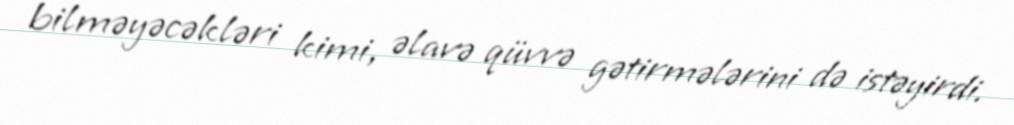
bilməyəcəkləri kimi, əlavə qüvvə gətirmələrini də istəyirdi.